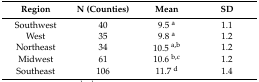
<table><thead><tr><td><b>Region</b></td><td><b>N (Counties)</b></td><td><b>Mean</b></td><td><b>SD</b></td></tr></thead><tbody><tr><td>Southwest</td><td>40</td><td>9.5 <sup>a</sup></td><td>1.1</td></tr><tr><td>West</td><td>35</td><td>9.8 <sup>a</sup></td><td>1.2</td></tr><tr><td>Northeast</td><td>34</td><td>10.5 <sup>a,b</sup></td><td>1.2</td></tr><tr><td>Midwest</td><td>61</td><td>10.6 <sup>b,c</sup></td><td>1.2</td></tr><tr><td>Southeast</td><td>106</td><td>11.7 <sup>d</sup></td><td>1.4</td></tr></tbody></table>